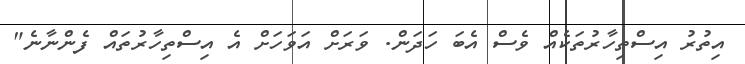
އިތުރު އިސްތިހާރުތަކެއް ވެސް އެބަ ހަދަން. ވަރަށް އަވަހަށް އެ އިސްތިހާރުތައް ފެންނާނެ"